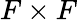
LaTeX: F\times F